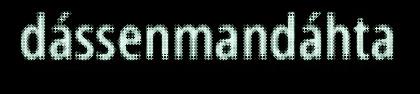
dássenmandáhta